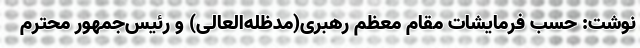
نوشت: حسب فرمایشات مقام معظم رهبری(مدظله‌العالی) و رئیس‌جمهور محترم